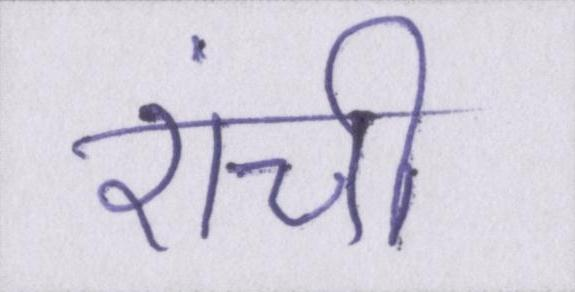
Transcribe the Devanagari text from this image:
रांची